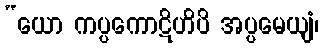
“ယော ကပ္ပကောဋိဟိပိ အပ္ပမေယျံ၊